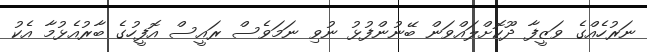
ނަރުހެއްގެ ވަޒީފާ ދޫކޮށްލައްވަން ބޭނުންފުޅު ނުވި ނަމަވެސް ރައީސް އޮފީހުގެ ބާރުއެޅުމާ އެކު